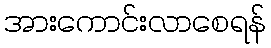
အားကောင်းလာစေရန်